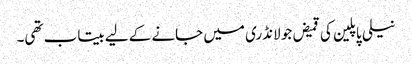
نیلی پاپلین کی قمیض جو لانڈری میں جانے کے لیے بیتاب تھی۔